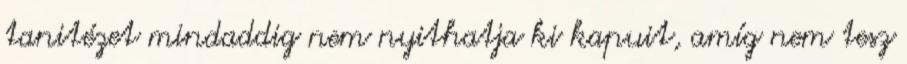
tanitézet mindaddig nem nyithatja ki kapuit, amíg nem tesz